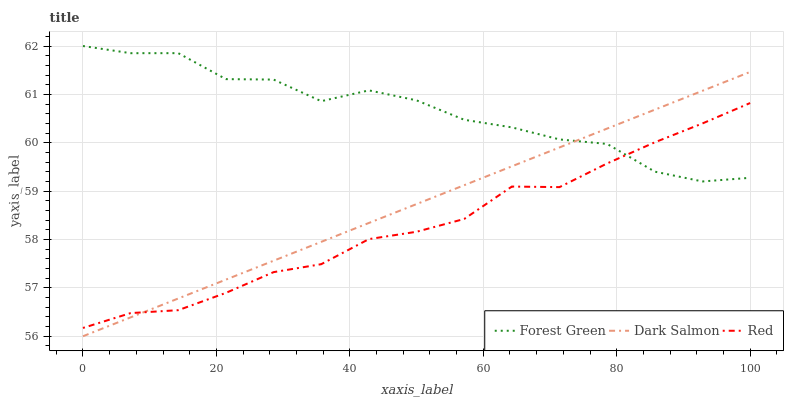
| xaxis_label | Forest Green | Dark Salmon | Red |
 | --- | --- | --- | --- |
 | 0 | 62 | 56 | 56.2 |
 | 7.14 | 61.9 | 56.4 | 56.5 |
 | 14.3 | 61.9 | 56.8 | 56.5 |
 | 21.4 | 61.3 | 57.2 | 56.9 |
 | 28.6 | 61.3 | 57.6 | 57.3 |
 | 35.7 | 60.9 | 58 | 57.5 |
 | 42.9 | 61.1 | 58.3 | 58 |
 | 50 | 60.9 | 58.7 | 58.2 |
 | 57.1 | 60.5 | 59.1 | 58.4 |
 | 64.3 | 60.3 | 59.5 | 59.1 |
 | 71.4 | 60.1 | 59.9 | 59.1 |
 | 78.6 | 60 | 60.3 | 59.6 |
 | 85.7 | 59.4 | 60.7 | 60 |
 | 92.9 | 59.2 | 61.1 | 60.4 |
 | 100 | 59.3 | 61.5 | 60.8 |